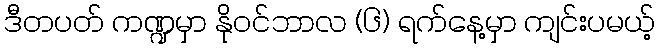
ဒီတပတ် ကဏ္ဍမှာ နိုဝင်ဘာလ (၆) ရက်နေ့မှာ ကျင်းပမယ့်